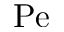
\mathrm { P e }